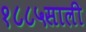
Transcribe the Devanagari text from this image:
१८८५साली